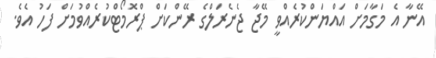
އޭނާ އެ މަގާމަށް އައްޔަންކުރެއްވީ މޭޖާ ޖެނެރަލްގެ ރޭންކަށް ޕްރޮމޯޓްކުރެއްވުމަށް ފަހު އެވެ.